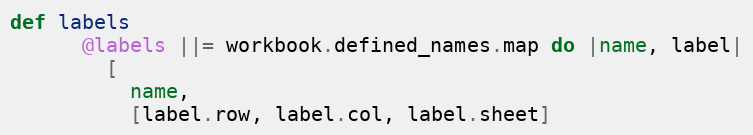
Language: Ruby
def labels
      @labels ||= workbook.defined_names.map do |name, label|
        [
          name,
          [label.row, label.col, label.sheet]